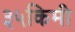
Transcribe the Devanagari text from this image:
३५किमी